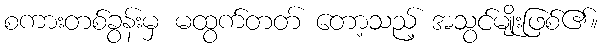
စကားတစ်ခွန်းမှ မထွက်တတ် တော့သည့် အသွင်မျိုးဖြစ်၏။